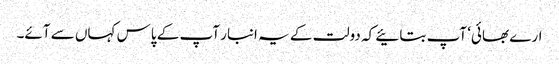
ارے بھائی‘ آپ بتائیے کہ دولت کے یہ انبار آپ کے پاس کہاں سے آئے۔